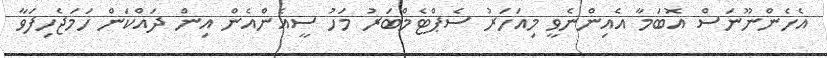
އެހެންނޫނަސް އޮބަމާ އެއިންނެވީ މިއަހަރު ސެޕްޓެމްބަރު މަހު ސީއެންއެން އިން ދައްކަން ހަމަޖެހިފަވާ